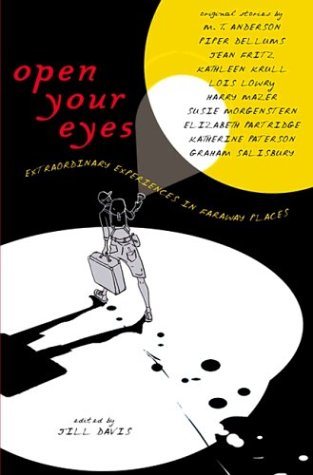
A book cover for Open Your Eyes: Extraordinary Experiences in Faraway Places; Teen & Young Adult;